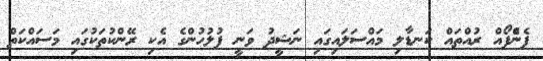
ފެނެްފޯއް ރުއްތައް ކަނޑާލި މައްސަލައިގައި ނަޝީދު ވަނީ ފުލުހުންގެ އެކި ރޭންކުތަކުގައި މަސައްކަތް